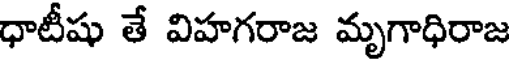
ధాటీషు తే విహగరాజ మృగాధిరాజ